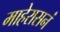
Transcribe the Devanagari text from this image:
माहेरासनं